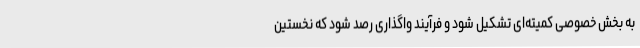
به بخش خصوصی کمیته‌ای تشکیل شود و فرآیند واگذاری رصد شود که نخستین